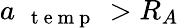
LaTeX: a_{\mathrm{~\textbf~{~t~e~m~p~}~}}>R_{A}